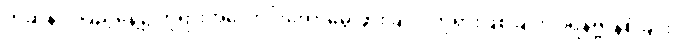
ကဆုန်လပြည့်နေ့၌ ဘုရားအလောင်းတော်မွေးဖွားခြင်း၊ ဘုရားဖြစ်ခြင်း၊ ပရိနိဗ္ဗာန်စံခြင်း၊